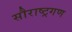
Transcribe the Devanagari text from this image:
सौराष्ट्रगण